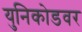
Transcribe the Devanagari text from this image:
युनिकोडवर